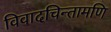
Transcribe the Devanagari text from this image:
विवादचिन्तामणि